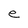
Character: e